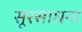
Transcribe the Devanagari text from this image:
सूरसाधना